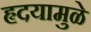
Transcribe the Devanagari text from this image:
हृदयामुळे